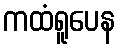
ကထံရူပေန